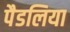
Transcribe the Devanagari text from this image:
पैडलिया